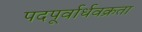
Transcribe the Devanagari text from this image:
पदपूर्वार्धवक्रता